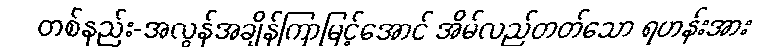
တစ်နည်း-အလွန်အချိန်ကြာမြင့်အောင် အိမ်လည်တတ်သော ရဟန်းအား